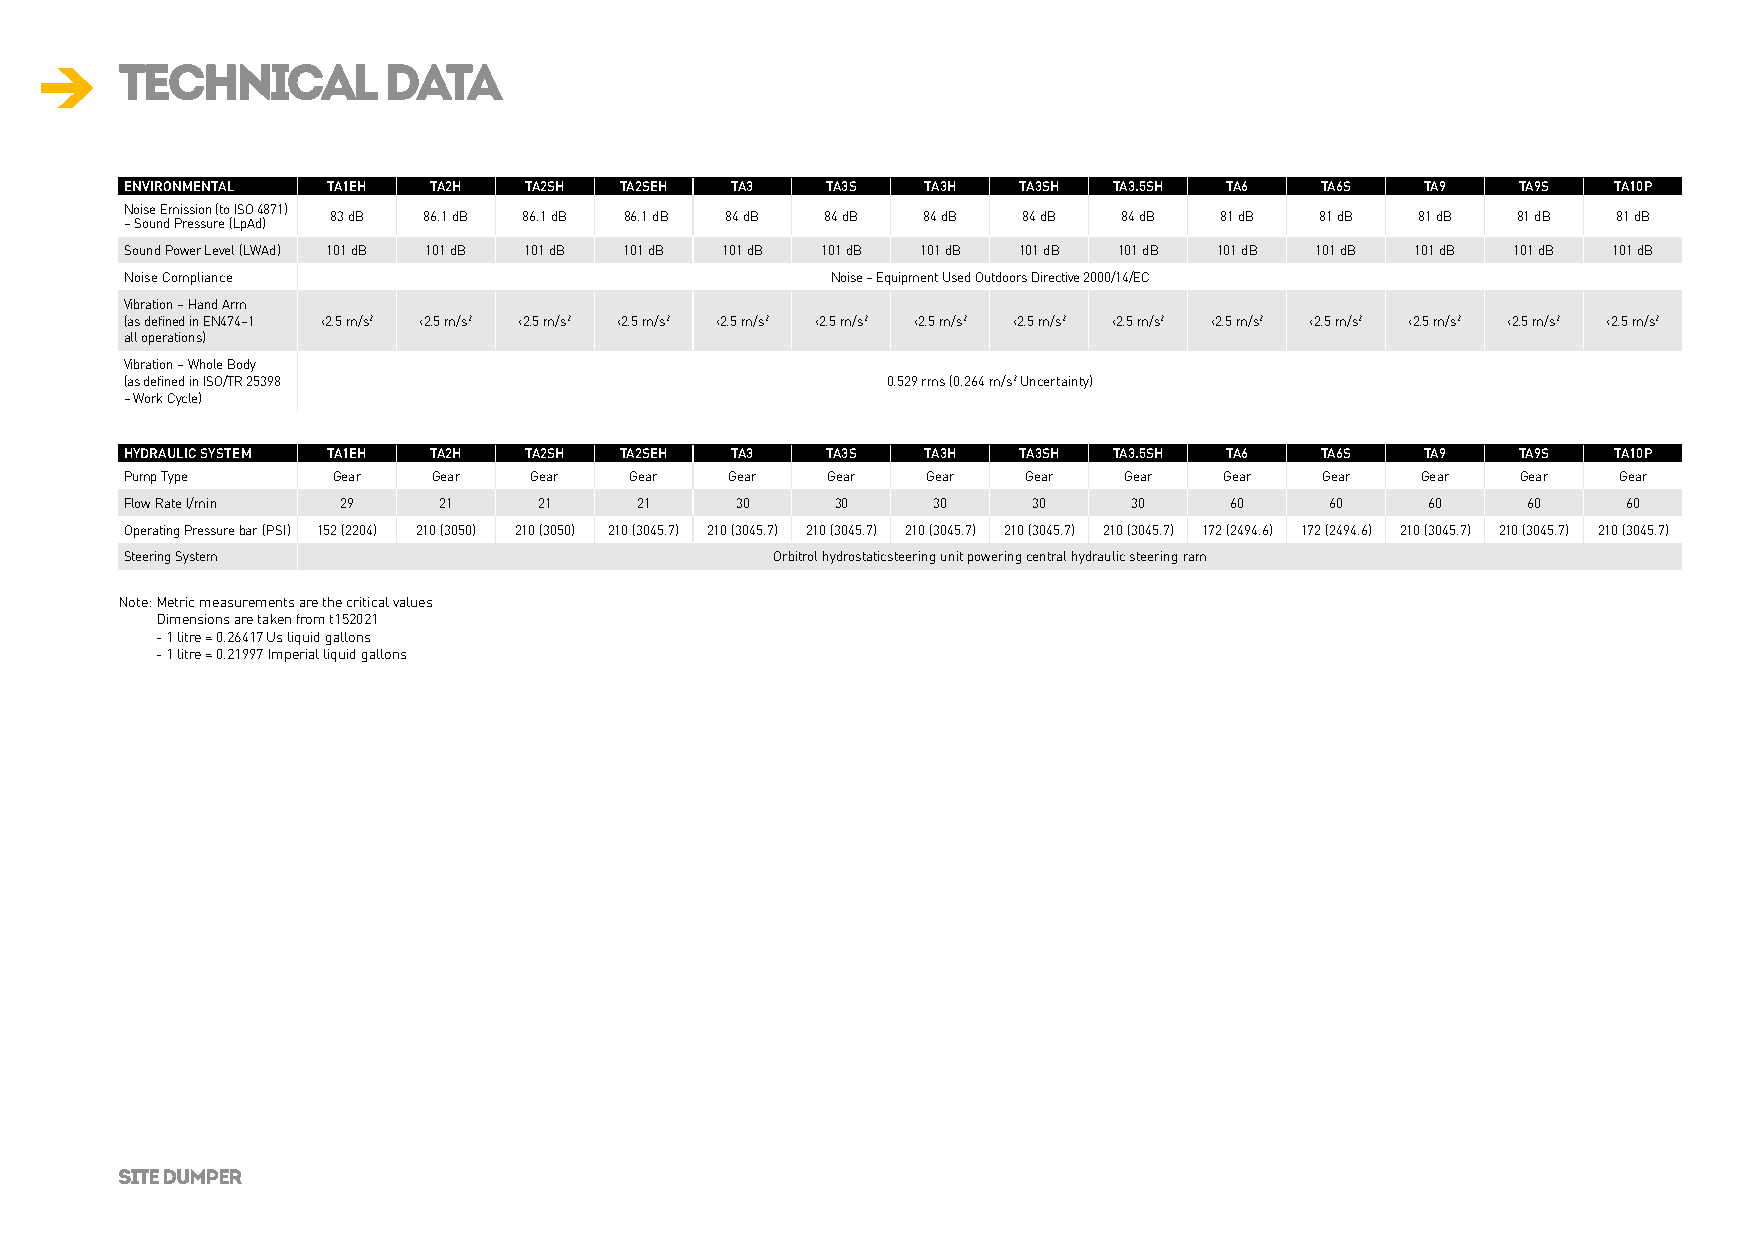
technical        data
 ENVIRONMENTAL TA1EH TA2H   TA2SH TA2SEH TA3    TA3S  TA3H  TA3SH  TA3.5SH TA6  TA6S   TA9    TA9S  TA10P
 Noise Emission (to ISO 4871)
 83 dB 86.1 dB 86.1 dB 86.1 dB 84 dB 84 dB 84 dB 84 dB 84 dB 81 dB 81 dB 81 dB 81 dB  81 dB
 – Sound Pressure (LpAd)
 Sound Power Level (LWAd) 101 dB 101 dB 101 dB 101 dB 101 dB 101 dB 101 dB 101 dB 101 dB 101 dB 101 dB 101 dB 101 dB 101 dB
 Noise Compliance                               Noise – Equipment Used Outdoors Directive 2000/14/EC
 Vibration – Hand Arm
 (as defined in EN474–1 ‹2.5 m/s2 ‹2.5 m/s2 ‹2.5 m/s2 ‹2.5 m/s2 ‹2.5 m/s2 ‹2.5 m/s2 ‹2.5 m/s2 ‹2.5 m/s2 ‹2.5 m/s2 ‹2.5 m/s2 ‹2.5 m/s2 ‹2.5 m/s2 ‹2.5 m/s2 ‹2.5 m/s2
 all operations)
 Vibration – Whole Body
 (as defined in ISO/TR 25398                        0.529 rms (0.264 m/s2 Uncertainty)
 – Work Cycle)
 HYDRAULIC SYSTEM TA1EH TA2H TA2SH TA2SEH TA3   TA3S  TA3H  TA3SH  TA3.5SH TA6  TA6S   TA9    TA9S  TA10P
 Pump Type     Gear   Gear  Gear   Gear  Gear   Gear  Gear   Gear  Gear   Gear   Gear  Gear   Gear  Gear
 Flow Rate l/min 29   21     21    21     30    30     30    30     30    60     60     60    60     60
 Operating Pressure bar (PSI) 152 (2204) 210 (3050) 210 (3050) 210 (3045.7) 210 (3045.7) 210 (3045.7) 210 (3045.7) 210 (3045.7) 210 (3045.7) 172 (2494.6) 172 (2494.6) 210 (3045.7) 210 (3045.7) 210 (3045.7)
 Steering System                            Orbitrol hydrostaticsteering unit powering central hydraulic steering ram
 Note: M etric measurements are the critical values
 Dimensions are taken from t152021
 - 1 litre = 0.26417 Us liquid gallons
 - 1 litre = 0.21997 Imperial liquid gallons
 SITE DUMPER